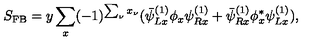
S _ { \mathrm { F B } } = y \sum _ { x } ( - 1 ) ^ { \sum _ { \nu } x _ { \nu } } ( \bar { \psi } _ { L x } ^ { ( 1 ) } \phi _ { x } \psi _ { R x } ^ { ( 1 ) } + \bar { \psi } _ { R x } ^ { ( 1 ) } \phi _ { x } ^ { * } \psi _ { L x } ^ { ( 1 ) } ) ,